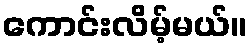
ကောင်းလိမ့်မယ်။